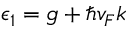
\epsilon _ { 1 } = g + \hbar v _ { F } k